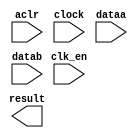
// megafunction wizard: %ALTFP_ADD_SUB%VBB%
// GENERATION: STANDARD
// VERSION: WM1.0
// MODULE: altfp_add_sub 

// ============================================================
// Megafunction Name(s):
// 			altfp_add_sub
//
// Simulation Library Files(s):
// 			lpm
// ============================================================
// ************************************************************
// THIS IS A WIZARD-GENERATED FILE. DO NOT EDIT THIS FILE!
//
// 18.0.0 Build 614 04/24/2018 SJ Lite Edition
// ************************************************************

//Copyright (C) 2018  Intel Corporation. All rights reserved.
//Your use of Intel Corporation's design tools, logic functions 
//and other software and tools, and its AMPP partner logic 
//functions, and any output files from any of the foregoing 
//(including device programming or simulation files), and any 
//associated documentation or information are expressly subject 
//to the terms and conditions of the Intel Program License 
//Subscription Agreement, the Intel Quartus Prime License Agreement,
//the Intel FPGA IP License Agreement, or other applicable license
//agreement, including, without limitation, that your use is for
//the sole purpose of programming logic devices manufactured by
//Intel and sold by Intel or its authorized distributors.  Please
//refer to the applicable agreement for further details.

module fp_add (
	aclr,
	clk_en,
	clock,
	dataa,
	datab,
	result)/* synthesis synthesis_clearbox = 1 */;

	input	  aclr;
	input	  clk_en;
	input	  clock;
	input	[31:0]  dataa;
	input	[31:0]  datab;
	output	[31:0]  result;

endmodule

// ============================================================
// CNX file retrieval info
// ============================================================
// Retrieval info: PRIVATE: FPM_FORMAT NUMERIC "0"
// Retrieval info: PRIVATE: INTENDED_DEVICE_FAMILY STRING "Cyclone V"
// Retrieval info: PRIVATE: SYNTH_WRAPPER_GEN_POSTFIX STRING "0"
// Retrieval info: PRIVATE: WIDTH_DATA NUMERIC "32"
// Retrieval info: LIBRARY: altera_mf altera_mf.altera_mf_components.all
// Retrieval info: CONSTANT: DENORMAL_SUPPORT STRING "NO"
// Retrieval info: CONSTANT: DIRECTION STRING "ADD"
// Retrieval info: CONSTANT: INTENDED_DEVICE_FAMILY STRING "Cyclone V"
// Retrieval info: CONSTANT: OPTIMIZE STRING "SPEED"
// Retrieval info: CONSTANT: PIPELINE NUMERIC "14"
// Retrieval info: CONSTANT: REDUCED_FUNCTIONALITY STRING "NO"
// Retrieval info: CONSTANT: WIDTH_EXP NUMERIC "8"
// Retrieval info: CONSTANT: WIDTH_MAN NUMERIC "23"
// Retrieval info: USED_PORT: aclr 0 0 0 0 INPUT NODEFVAL "aclr"
// Retrieval info: USED_PORT: clk_en 0 0 0 0 INPUT NODEFVAL "clk_en"
// Retrieval info: USED_PORT: clock 0 0 0 0 INPUT NODEFVAL "clock"
// Retrieval info: USED_PORT: dataa 0 0 32 0 INPUT NODEFVAL "dataa[31..0]"
// Retrieval info: USED_PORT: datab 0 0 32 0 INPUT NODEFVAL "datab[31..0]"
// Retrieval info: USED_PORT: result 0 0 32 0 OUTPUT NODEFVAL "result[31..0]"
// Retrieval info: CONNECT: @aclr 0 0 0 0 aclr 0 0 0 0
// Retrieval info: CONNECT: @clk_en 0 0 0 0 clk_en 0 0 0 0
// Retrieval info: CONNECT: @clock 0 0 0 0 clock 0 0 0 0
// Retrieval info: CONNECT: @dataa 0 0 32 0 dataa 0 0 32 0
// Retrieval info: CONNECT: @datab 0 0 32 0 datab 0 0 32 0
// Retrieval info: CONNECT: result 0 0 32 0 @result 0 0 32 0
// Retrieval info: GEN_FILE: TYPE_NORMAL fp_add.v TRUE
// Retrieval info: GEN_FILE: TYPE_NORMAL fp_add.inc FALSE
// Retrieval info: GEN_FILE: TYPE_NORMAL fp_add.cmp FALSE
// Retrieval info: GEN_FILE: TYPE_NORMAL fp_add.bsf TRUE
// Retrieval info: GEN_FILE: TYPE_NORMAL fp_add_inst.v FALSE
// Retrieval info: GEN_FILE: TYPE_NORMAL fp_add_bb.v TRUE
// Retrieval info: LIB_FILE: lpm